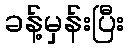
ခန့်မှန်းပြီး